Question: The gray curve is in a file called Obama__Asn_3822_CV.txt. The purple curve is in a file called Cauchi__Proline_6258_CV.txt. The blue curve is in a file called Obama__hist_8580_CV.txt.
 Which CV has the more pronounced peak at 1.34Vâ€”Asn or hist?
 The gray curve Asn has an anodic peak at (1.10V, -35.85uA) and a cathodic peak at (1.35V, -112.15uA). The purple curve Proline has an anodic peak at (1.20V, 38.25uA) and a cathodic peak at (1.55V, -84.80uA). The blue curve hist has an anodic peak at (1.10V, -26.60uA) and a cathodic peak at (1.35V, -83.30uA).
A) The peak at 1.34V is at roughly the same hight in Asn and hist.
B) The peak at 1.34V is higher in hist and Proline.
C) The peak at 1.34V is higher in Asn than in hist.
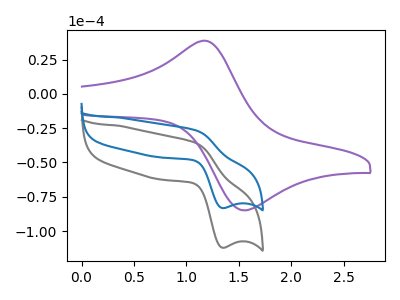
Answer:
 <answer>C) The peak at 1.34V is higher in "Asn" than in "hist".</answer>
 <eval>C</eval>